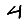
Digit: 4